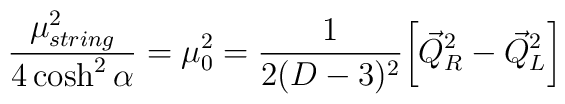
\frac{\mu_{string}^2}{4\cosh^2\alpha} =\mu_0^2 = \frac{1}{2(D-3)^2}\biggl[{\vec{Q}}_R^2-{\vec{Q}}_L^2\biggr]